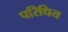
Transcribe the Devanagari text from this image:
परिधिय